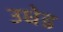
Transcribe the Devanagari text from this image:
उधेड